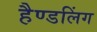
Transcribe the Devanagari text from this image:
हैण्डलिंग